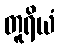
တူရိယံ